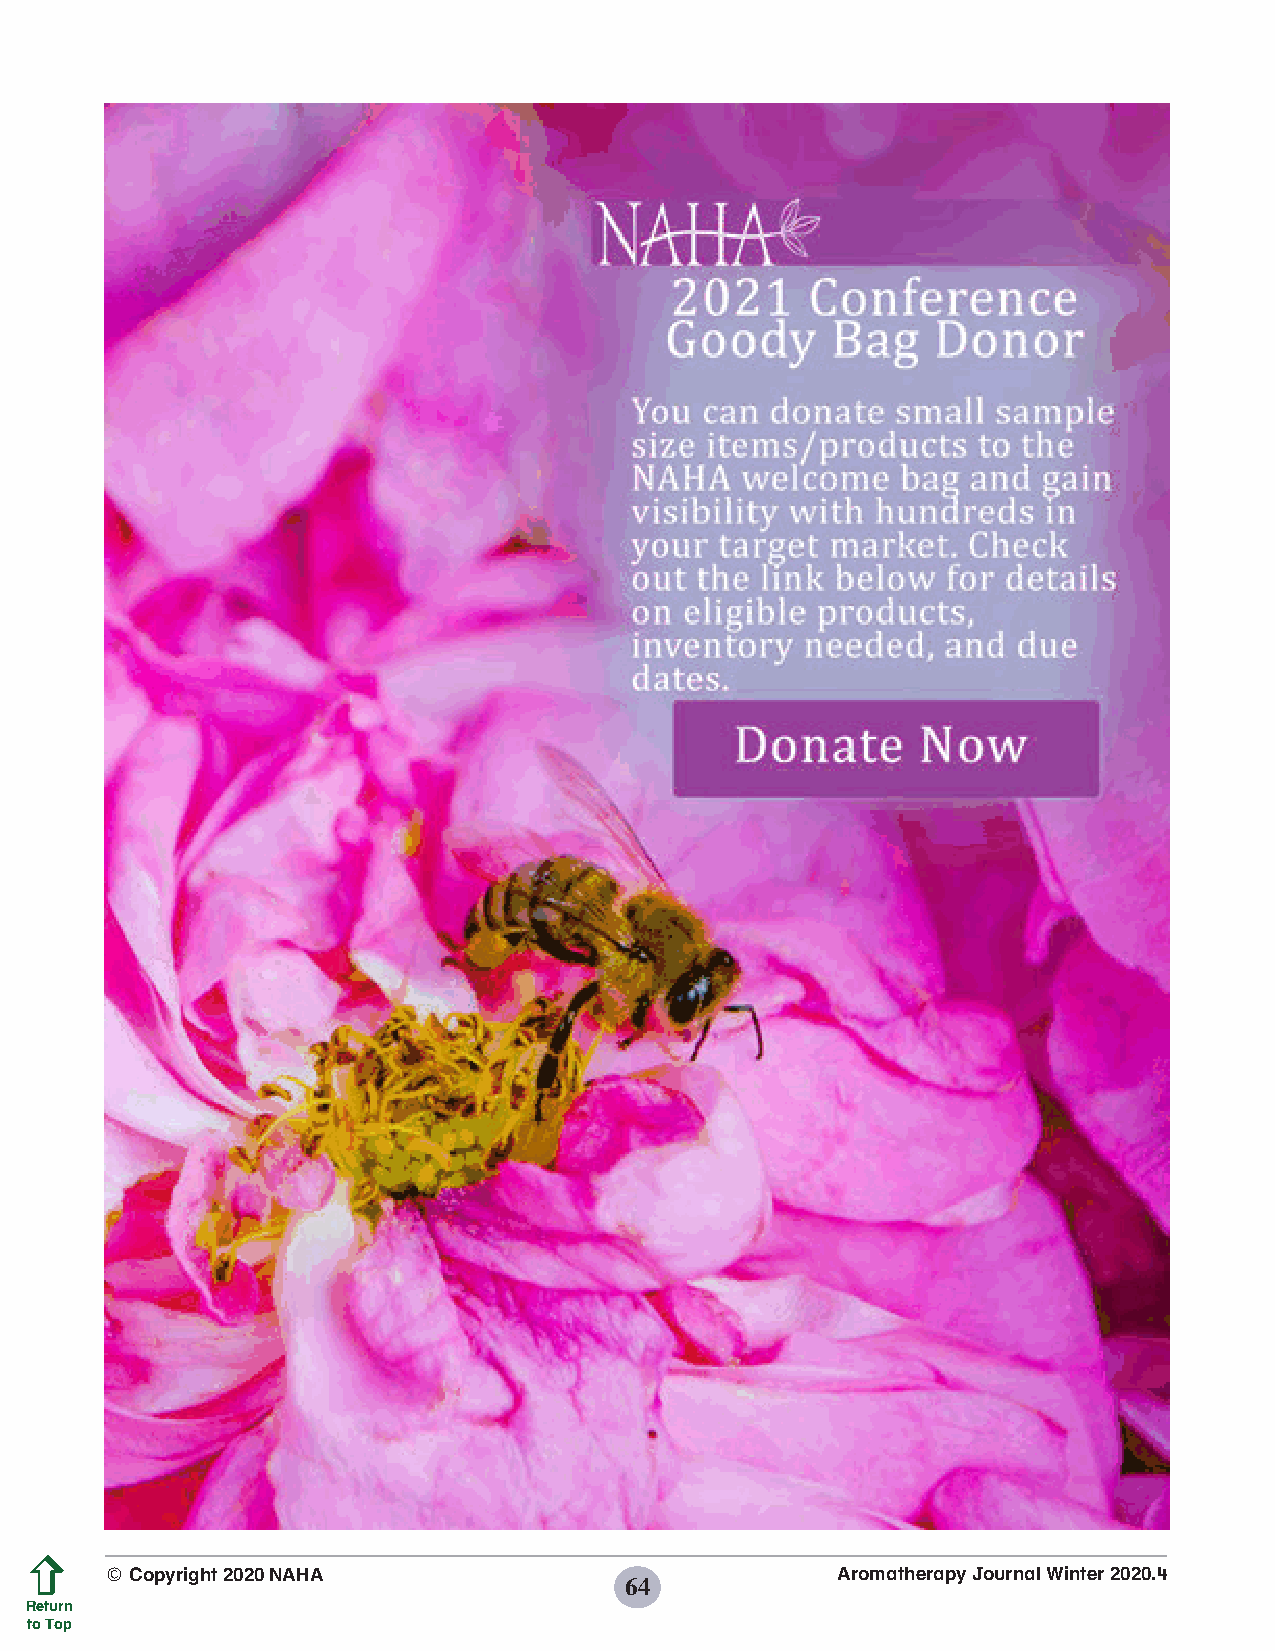
© Copyright 2020 NAHA                           Aromatherapy Journal Winter 2020.4
 64
 Return
 to Top
 